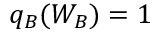
q _ { B } ( W _ { B } ) = 1